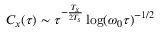
C _ { x } ( \tau ) \sim \tau ^ { - \frac { T _ { x } } { 2 T _ { s } } } \log ( \omega _ { 0 } \tau ) ^ { - 1 / 2 }